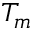
T _ { m }